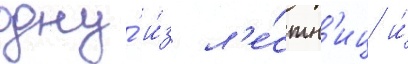
одну́ и́з л'е́стн'иц и́